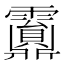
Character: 𩆹